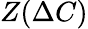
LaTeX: Z(\Delta C)